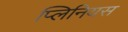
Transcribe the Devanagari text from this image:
प्लिनियस